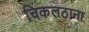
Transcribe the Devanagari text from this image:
चिकलठाना